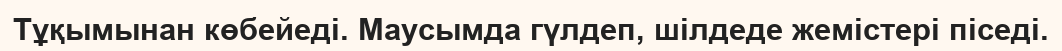
Тұқымынан көбейеді. Маусымда гүлдеп, шілдеде жемістері піседі.